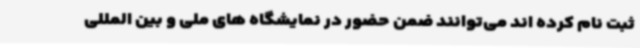
ثبت نام کرده اند می‌توانند ضمن حضور در نمایشگاه های ملی و بین المللی